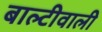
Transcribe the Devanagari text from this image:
बाल्टीवाली